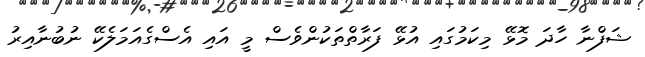
ޝަފްނާ ހާދަ މޮޅޭ މިކަމުގައި އުޅޭ ފަރާތްތަކުންވެސް މީ އައި އެސްގެއަމަލެކޭ ނުބުނާއިރު